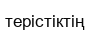
терістіктің